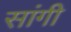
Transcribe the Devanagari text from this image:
सांगी